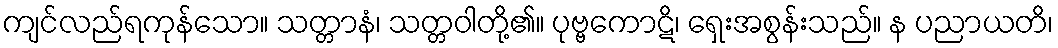
ကျင်လည်ရကုန်သော။ သတ္တာနံ၊ သတ္တဝါတို့၏။ ပုဗ္ဗကောဋိ၊ ရှေးအစွန်းသည်။ န ပညာယတိ၊